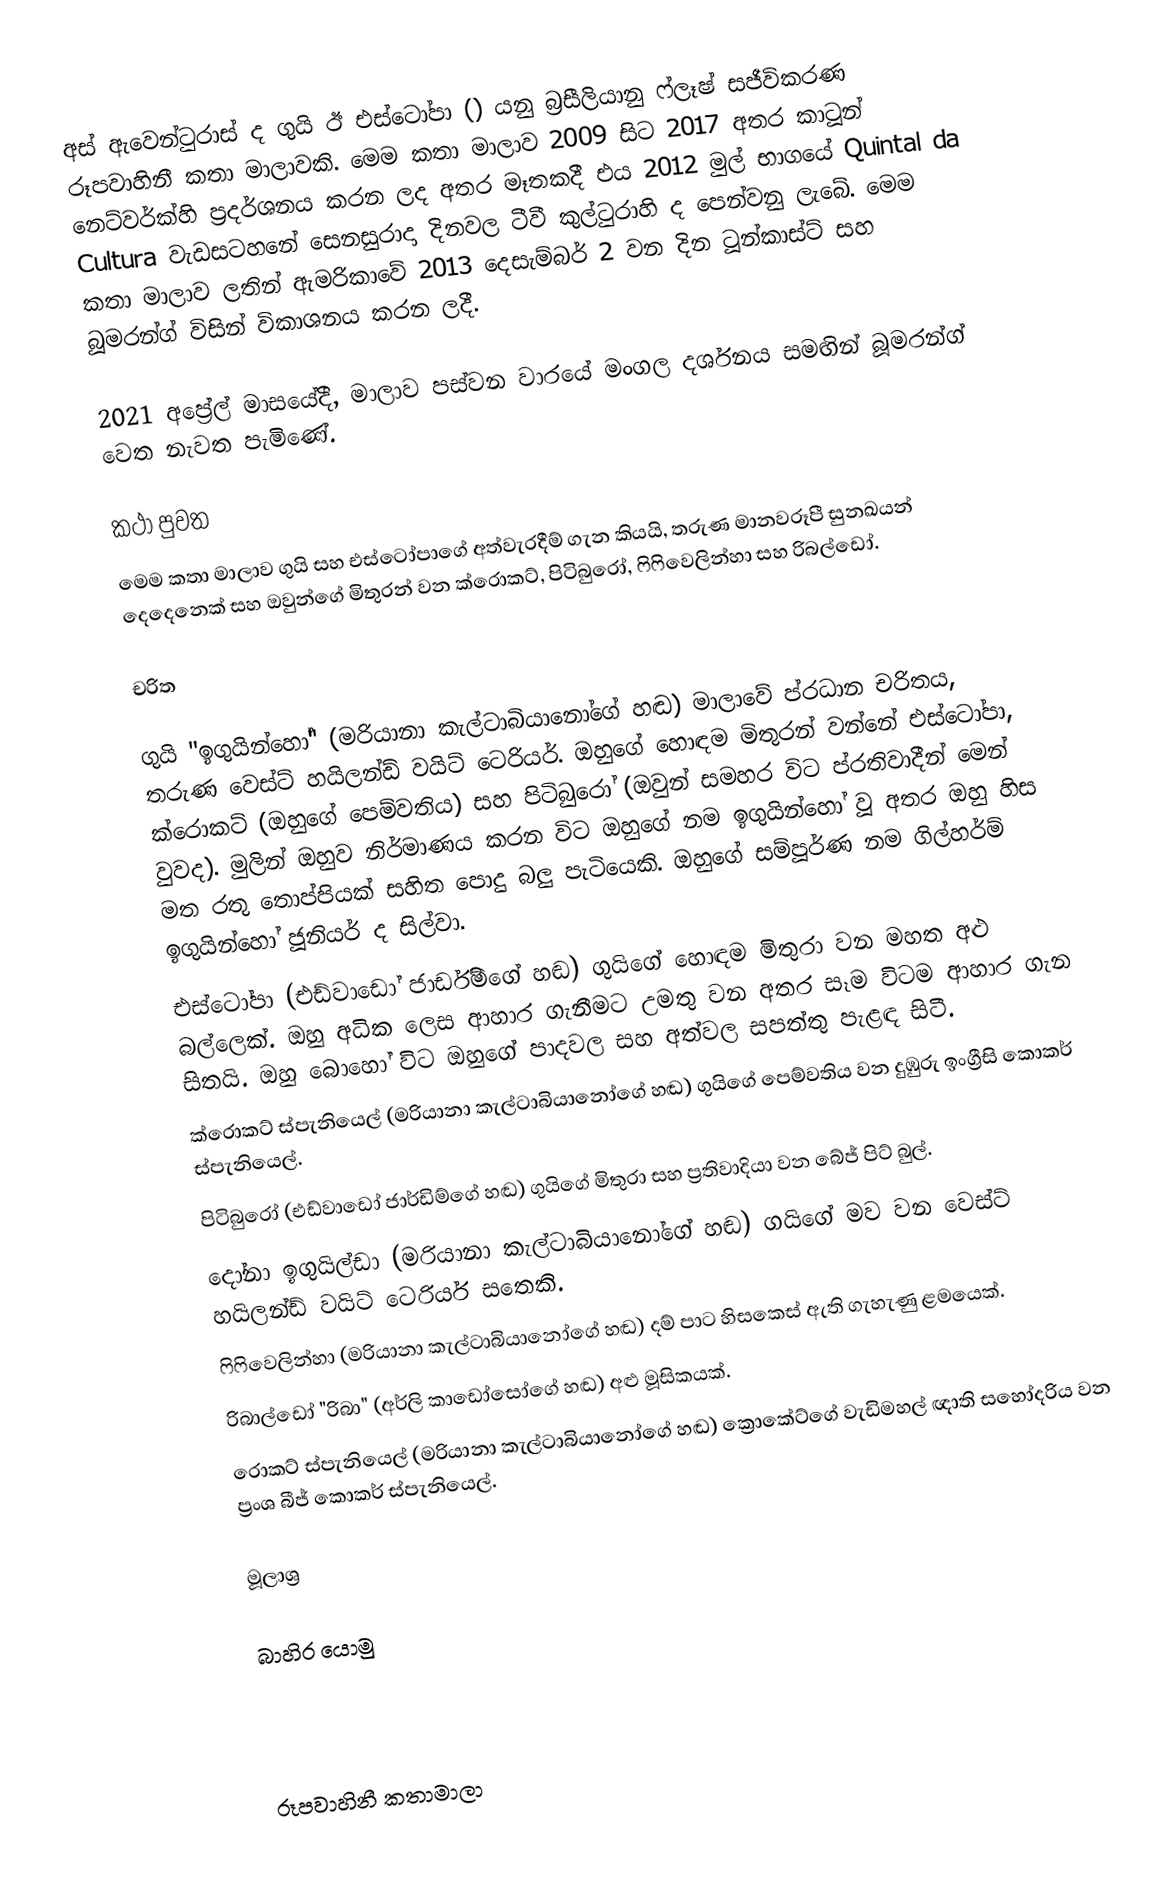
අස් ඇවෙන්ටුරාස් ද ගුයි ඊ එස්ටෝපා () යනු බ්‍රසීලියානු ෆ්ලෑෂ් සජීවිකරණ රූපවාහිනී කතා මාලාවකි. මෙම කතා මාලාව 2009 සිට 2017 අතර කාටූන් නෙට්වර්ක්හි ප්‍රදර්ශනය කරන ලද අතර මෑතකදී එය 2012 මුල් භාගයේ Quintal da Cultura වැඩසටහනේ සෙනසුරාදා දිනවල ටීවී කුල්ටුරාහි ද පෙන්වනු ලැබේ. මෙම කතා මාලාව ලතින් ඇමරිකාවේ 2013 දෙසැම්බර් 2 වන දින ටූන්කාස්ට් සහ බූමරන්ග් විසින් විකාශනය කරන ලදී.

2021 අප්‍රේල් මාසයේදී, මාලාව පස්වන වාරයේ මංගල දර්ශනය සමඟින් බූමරන්ග් වෙත නැවත පැමිණේ.

කථා පුවත
මෙම කතා මාලාව ගුයි සහ එස්ටෝපාගේ අත්වැරදීම් ගැන කියයි, තරුණ මානවරූපී සුනඛයන් දෙදෙනෙක් සහ ඔවුන්ගේ මිතුරන් වන ක්රොකට්, පිටිබුරෝ, ෆිෆිවෙලින්හා සහ රිබල්ඩෝ.

චරිත

 ගුයි "ඉගුයින්හෝ" (මරියානා කැල්ටාබියානෝගේ හඬ) මාලාවේ ප්රධාන චරිතය, තරුණ වෙස්ට් හයිලන්ඩ් වයිට් ටෙරියර්. ඔහුගේ හොඳම මිතුරන් වන්නේ එස්ටෝපා, ක්රොකට් (ඔහුගේ පෙම්වතිය) සහ පිටිබුරෝ (ඔවුන් සමහර විට ප්රතිවාදීන් මෙන් වුවද). මුලින් ඔහුව නිර්මාණය කරන විට ඔහුගේ නම ඉගුයින්හෝ වූ අතර ඔහු හිස මත රතු තොප්පියක් සහිත පොදු බලු පැටියෙකි. ඔහුගේ සම්පූර්ණ නම ගිල්හර්ම් ඉගුයින්හෝ ජූනියර් ද සිල්වා.
 එස්ටෝපා (එඩ්වාඩෝ ජාර්ඩිම්ගේ හඬ) ගුයිගේ හොඳම මිතුරා වන මහත අළු බල්ලෙක්. ඔහු අධික ලෙස ආහාර ගැනීමට උමතු වන අතර සෑම විටම ආහාර ගැන සිතයි. ඔහු බොහෝ විට ඔහුගේ පාදවල සහ අත්වල සපත්තු පැළඳ සිටී.
 ක්රොකට් ස්පැනියෙල් (මරියානා කැල්ටාබියානෝගේ හඬ) ගුයිගේ පෙම්වතිය වන දුඹුරු ඉංග්‍රීසි කොකර් ස්පැනියෙල්.
 පිටිබුරෝ (එඩ්වාඩෝ ජාර්ඩිම්ගේ හඬ) ගුයිගේ මිතුරා සහ ප්‍රතිවාදියා වන බේජ් පිට් බුල්.
 දෝනා ඉගුයිල්ඩා (මරියානා කැල්ටාබියානෝගේ හඬ) ගයිගේ මව වන වෙස්ට් හයිලන්ඩ් වයිට් ටෙරියර් සතෙකි.
 ෆිෆිවෙලින්හා (මරියානා කැල්ටාබියානෝගේ හඬ) දම් පාට හිසකෙස් ඇති ගැහැණු ළමයෙක්.
 රිබාල්ඩෝ "රිබා" (අර්ලි කාඩෝසෝගේ හඬ) අළු මූසිකයක්.
 රොකට් ස්පැනියෙල් (මරියානා කැල්ටාබියානෝගේ හඬ) ක්‍රොකේට්ගේ වැඩිමහල් ඥාති සහෝදරිය වන ප්‍රංශ බීජ් කොකර් ස්පැනියෙල්.

මූලාශ්‍ර

බාහිර යොමු

රූපවාහිනී කතාමාලා